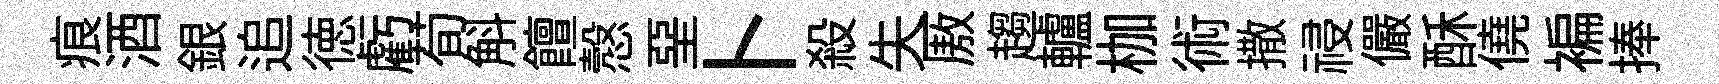
痕酒銀追徳虧荀斛饘慤堊卜殺失厫趨轤枷術撒祲儼酥僥褊捧